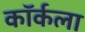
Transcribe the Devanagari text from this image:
कॉर्कला